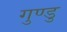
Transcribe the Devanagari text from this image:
गुण्डु